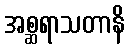
အစ္ဆရာသတာနိ